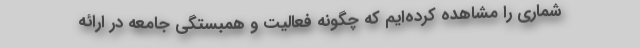
‌شماری را مشاهده کرده‌ایم که چگونه فعالیت و همبستگی جامعه در ارائه